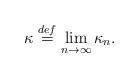
LaTeX: \begin{align*} \kappa \stackrel{def}{=} \lim_{n \to \infty} \kappa_n. \end{align*}